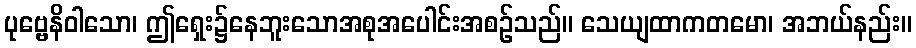
ပုဗ္ဗေနိဝါသော၊ ဤရှေး၌နေဘူးသောအစုအပေါင်းအစဉ်သည်။ သေယျထာကတမော၊ အဘယ်နည်း။